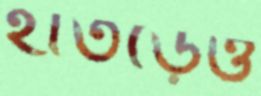
হাতড়েও